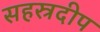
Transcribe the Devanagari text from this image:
सहस्रदीप